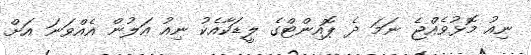
ނިއު މޮޅުވެއްޖެ ނަަމަ ދެ ޕޮއިންޓްގެ ލީޑަކާއެކު ނިއު އަލުން އެއްވަނަ އަށް